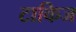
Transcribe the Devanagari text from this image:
टाकिज